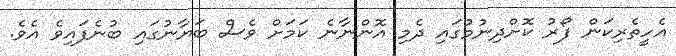
އެހީތެރިކަން ފޯރު ކޮށްދިނުމުގައި ދެމި އޮންނާނެ ކަމަށް ވެސް ބަޔާނުގައި ބުނެފައިވެ އެވެ.